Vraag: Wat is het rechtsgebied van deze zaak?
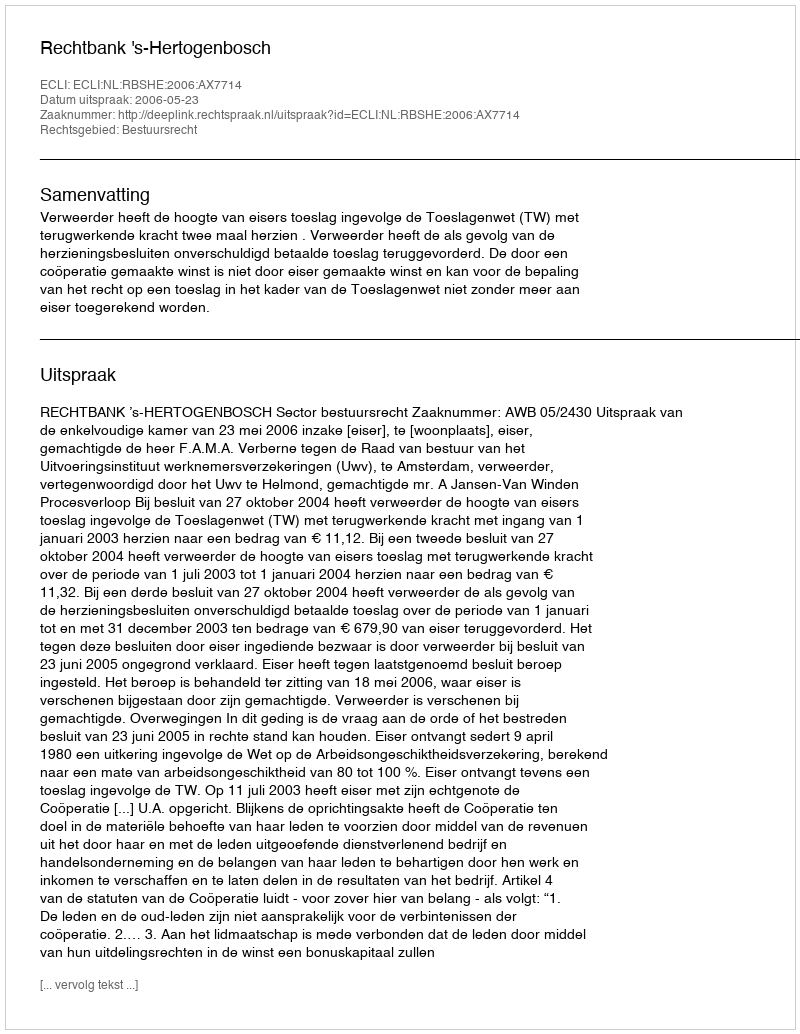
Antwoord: Bestuursrecht